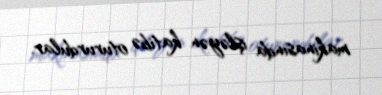
makinasında işləyən katibə otururdular.